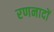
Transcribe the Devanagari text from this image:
रणनादों